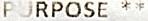
PURPOSE **